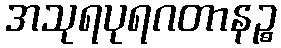
အသုရပုရဂတာနဉ္စ